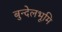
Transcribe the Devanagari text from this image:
बुन्देलभूमि